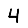
Digit: 4